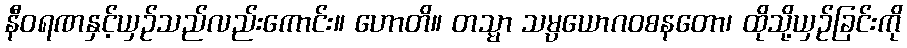
နီဝရဏနှင့်ယှဉ်သည်လည်းကောင်း။ ဟောတိ။ တသ္မာ သမ္ပယောဂဝစနတော၊ ထိုသို့ယှဉ်ခြင်းကို